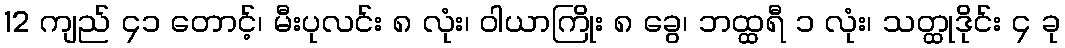
12 ကျည် ၄၁ တောင့်၊ မီးပုလင်း ၈ လုံး၊ ဝါယာကြိုး ၈ ခွေ၊ ဘထ္ထရီ ၁ လုံး၊ သတ္ထုဒိုင်း ၄ ခု